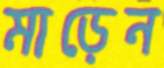
মাড়েন